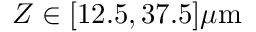
Z \in [ 1 2 . 5 , 3 7 . 5 ] \mu \mathrm { m }